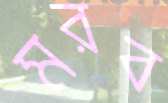
মরব